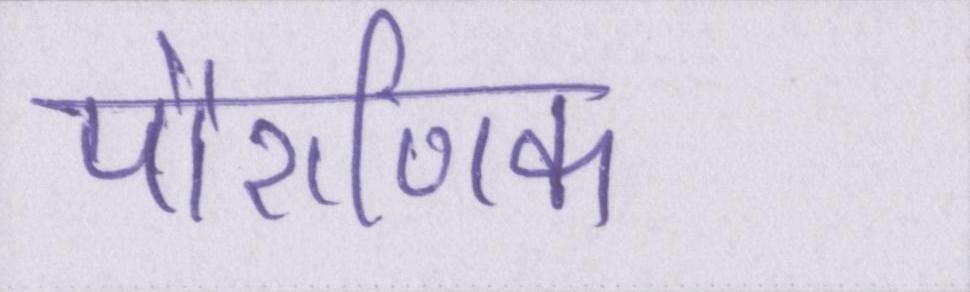
पौराणिक